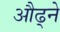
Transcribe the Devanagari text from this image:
औढ्ने